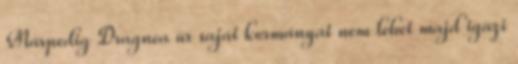
Márpedig Dragnea úr saját kormányát nem lehet majd igazi